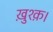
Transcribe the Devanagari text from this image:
ख़ुश्क़।